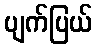
ပျက်ပြယ်